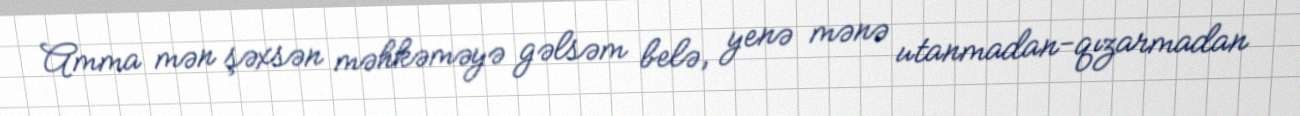
Amma mən şəxsən məhkəməyə gəlsəm belə, yenə mənə utanmadan-qızarmadan